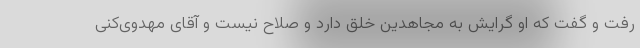
رفت و گفت که او گرایش به مجاهدین خلق دارد و صلاح نیست و آقای مهدوی‌کنی